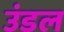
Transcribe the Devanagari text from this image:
उंडल